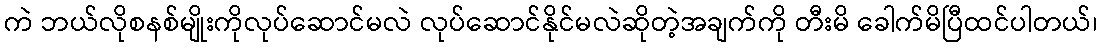
ကဲ ဘယ်လိုစနစ်မျိုးကိုလုပ်ဆောင်မလဲ လုပ်ဆောင်နိုင်မလဲဆိုတဲ့အချက်ကို တီးမိ ခေါက်မိပြီထင်ပါတယ်၊